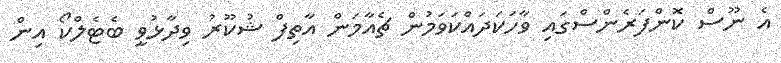
އެ ނޫސް ކޮންފަރެންސްގައި ވާހަކަދައްކަވަމުން ޗެއާމަން އާތިފް ޝުކޫރު ވިދާޅުވީ ބެޓެލްކޯ އިން